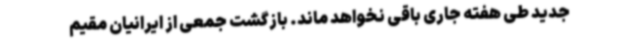
جدید طی هفته جاری باقی نخواهد ماند. بازگشت جمعی از ایرانیان مقیم